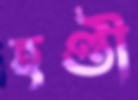
হণ্ডী